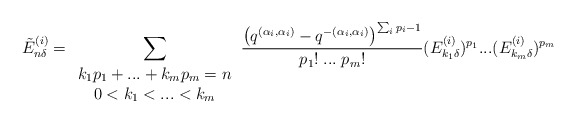
\begin{align*}\tilde{E}^{(i)}_{n\delta}=\sum_{\begin{array}{c}k_1p_1+...+k_mp_m=n\\0<k_1<...<k_m\end{array}}\frac{\left ( q^{(\alpha_i,\alpha_i)}-q^{-(\alpha_i,\alpha_i)}\right )^{\sum_ip_i-1}}{p_1!\;...\;p_m!}(E^{(i)}_{k_1\delta})^{p_1}...(E^{(i)}_{k_m\delta})^{p_m}\end{align*}